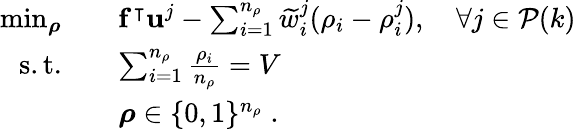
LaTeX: \begin{array}{rl}{\operatorname*{min}_{\boldsymbol{\rho}}}&{\quad\mathbf{f}^{\intercal}\mathbf{u}^{j}-\sum_{i=1}^{n_{\rho}}\widetilde{w}_{i}^{j}(\rho_{i}-\rho_{i}^{j}),\quad\forall j\in\mathcal{P}(k)}\\ {\mathrm{s.t.}}&{\quad\sum_{i=1}^{n_{\rho}}\frac{\rho_{i}}{n_{\rho}}=V}\\ &{\quad\boldsymbol{\rho}\in\{ 0,1\} ^{n_{\rho}}\; .}\end{array}